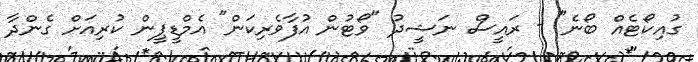
ގުއިކޯޓެއް ބޯނެ" - ރައީސް ނަޝީދު "ވޯޓުން އުފާވެރިކަން" އެމްޑީޕީން ކުރިއަށް ގެންދާ